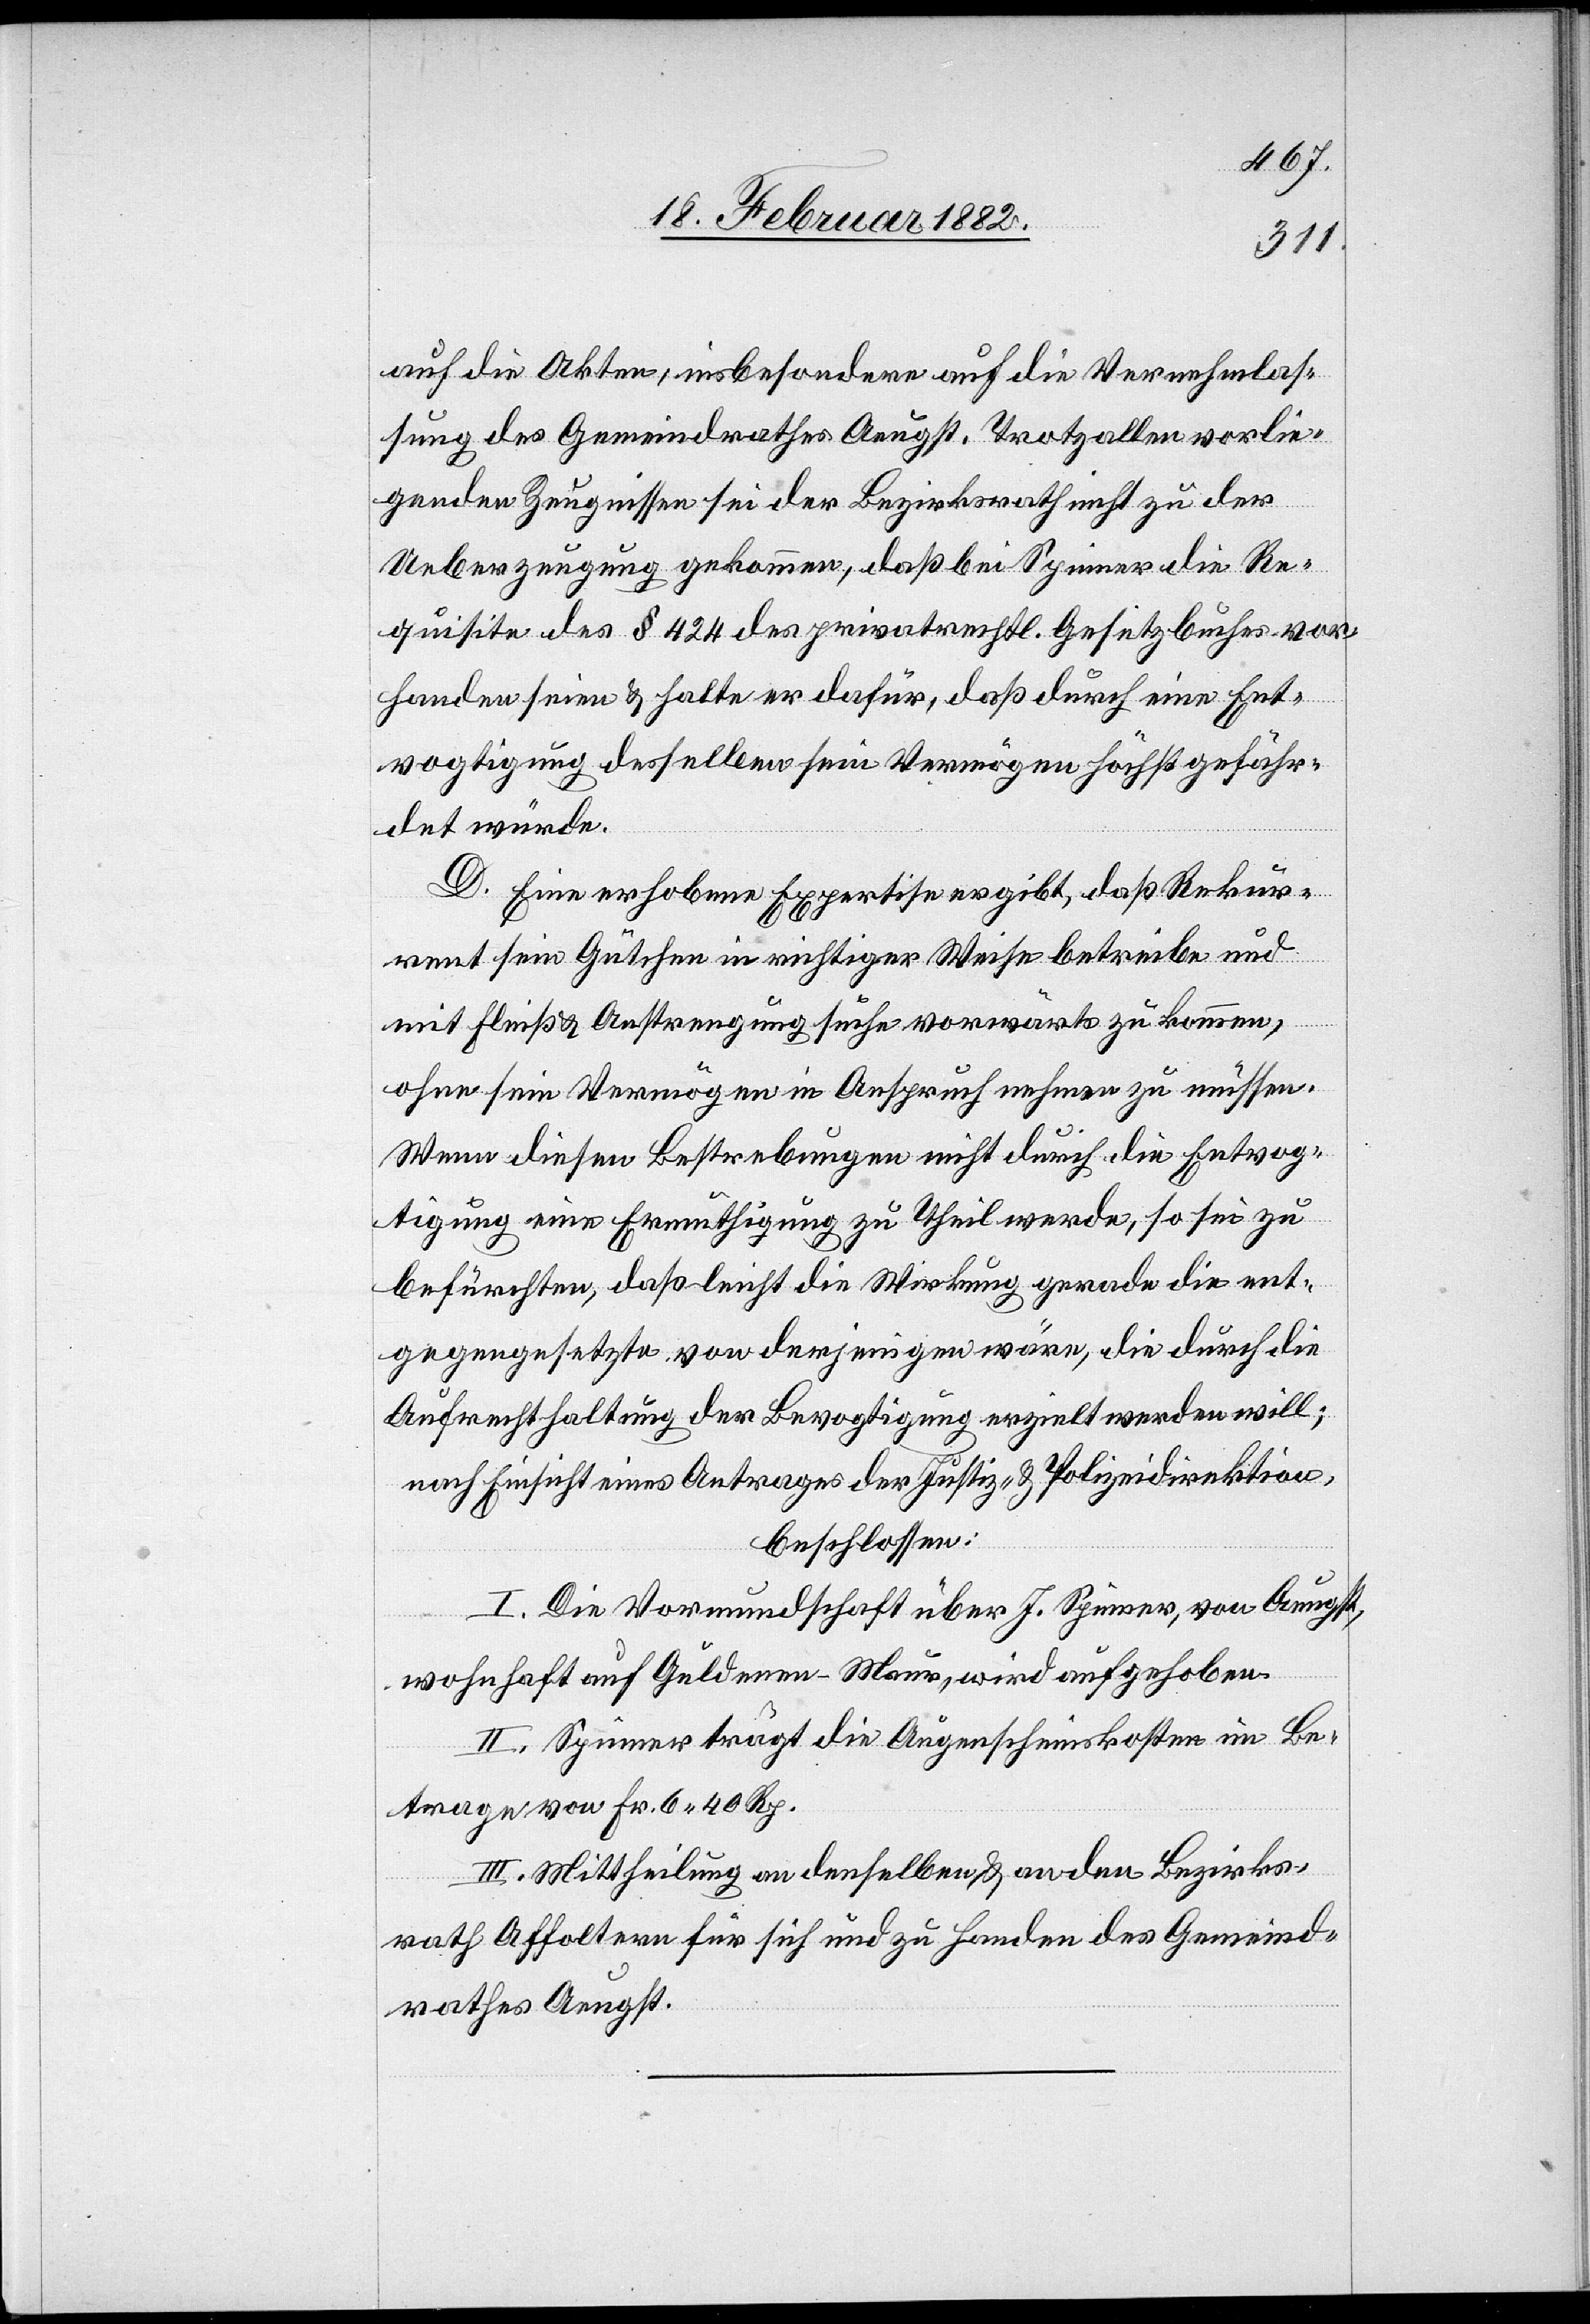
auf die Akten, insbesondere auf die Vernehmlas¬
sung des Gemeindrathes Aeugst. Trotz allen vorlie¬
genden Zeugnissen sei der Bezirksrath nicht zu der
Ueberzeugung gekommen, daß bei Spinner die Re¬
quisiten des § 424 des privatrechtl. Gesetz behufs vor¬
handen seien & halte er dafür, daß durch eine Ent¬
vogtigung desselben sein Vermögen höchst gefähr¬
det würde.
D. Eine erhobene Expertise ergibt, daß Rekur¬
rent sein Gütchen in richtiger Weise betreibe und
mit Fleiß & Anstrengung suche vorwärts zu kommen,
ohne sein Vermögen in Anspruch nehmen zu müssen.
Wenn diese Bestrebungen nicht durch die Entvog¬
tigung eine Ermuthigung zu Theil werde, so sei zu
befürchten, daß leicht die Wirkung gerade die ent¬
gegengesetzte von derjenigen wäre, die durch die
Aufrechterhaltung der Bevogtigung erzielt werden will;
nach Einsicht eines Antrages der Justiz- & Polizeidirektion,
beschlossen:
I. Die Vormundschaft über J. Spinner, von Aeugst,
wohnhaft auf Guldern - Maur, wird aufgehoben.
II. Spinner trägt die Augenscheinskosten im Be¬
trage von Fr. 6 40 Rp.
III. Mittheilung an denselben & an den Bezirks¬
rath Affoltern für sich und zu Handen des Gemeind¬
rathes Aeugst.